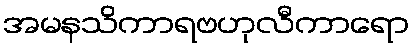
အမနသိကာရဗဟုလီကာရော